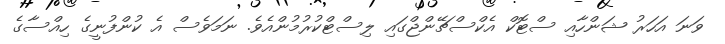
ވަނަ އަހަރު ޝަންހާއި ސްޓޮކް އެކްސްޗޭންޖްގައި ލިސްޓްކުރުމުންއެވެ. ނަމަވެސް އެ ކުންފުނީގެ ހިއްސާގެ